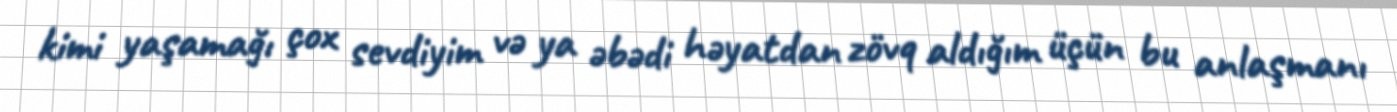
kimi yaşamağı çox sevdiyim və ya əbədi həyatdan zövq aldığım üçün bu anlaşmanı